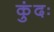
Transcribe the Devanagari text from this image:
कुंदः